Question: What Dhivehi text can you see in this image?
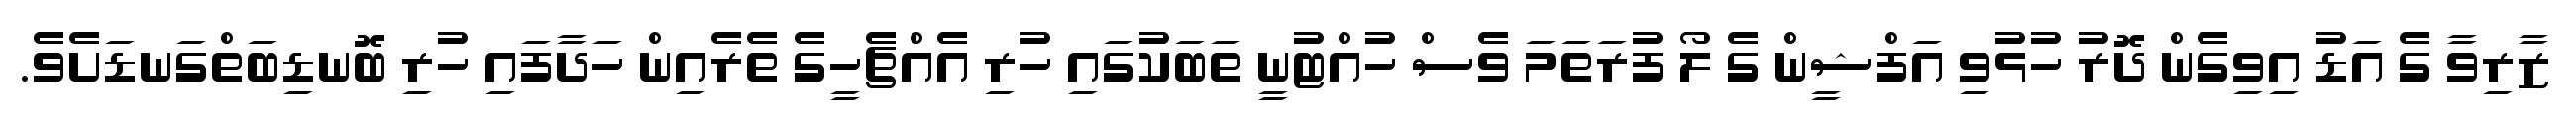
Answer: ޒާރިވާ ގެ އަޑު އިވިގެން ދޮރު ހުޅުވި އަފްޝީން ގެ ލޯ ފުރަތަމަ ވެސް ހުއްޓުނީ ތަބަކުގައި ހުރި އެއްޗެހީގެ ތެރެއިން ހަދާފައި ހުރި ބޮނޑިބަތްގަނޑަށެވެ.